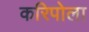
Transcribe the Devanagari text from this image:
करिपोला